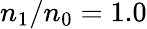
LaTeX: n_{\mathrm{1}}/n_{\mathrm{0}}=1.0